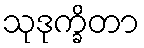
သုဒုက္ခိတာ